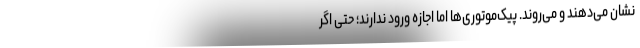
نشان می‌دهند و می‌روند. پیک‌موتوری‌ها اما اجازه ورود ندارند؛ حتی اگر